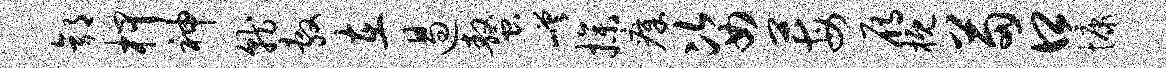
郭柙神就敷在遏螯嵯操瘴姿莓雁概苗口慷